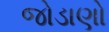
જોડાણો